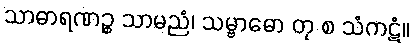
သာဓာရဏဉ္စ သာမညံ၊ သမ္ဗာဓော တု စ သံကဋံ။